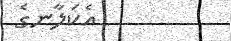
އެކަލާނގެ